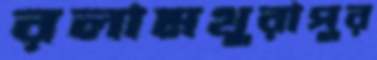
রলামথুরাপুর